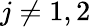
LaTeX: j\neq 1,2